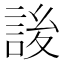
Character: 𰴷